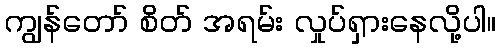
ကျွန်တော် စိတ် အရမ်း လှုပ်ရှားနေလို့ပါ။